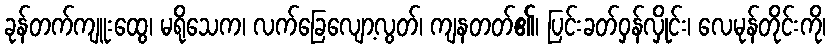
ခုန်တက်ကျူးထွေ၊ မရိုသေက၊ လက်ခြေလျော့လွတ်၊ ကျနတတ်၏၊ ပြင်းခတ်ဝှန်လှိုင်း၊ လေမုန်တိုင်းကို၊